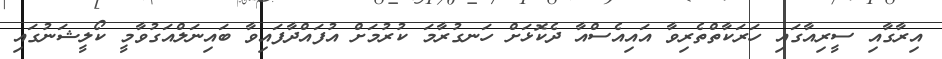
އިރާގާއި ސީރިއާގައި ހަރަކާތްތެރިވާ އައިއެސްއާ ދެކޮޅަށް ހަނގުރާމަ ކުރުމަށް އުފައްދާފައިވާ ބައިނަލްއަގުވާމީ ކޯލީޝަނުގައި